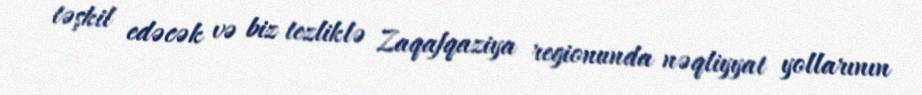
təşkil edəcək və biz tezliklə Zaqafqaziya regionunda nəqliyyat yollarının